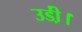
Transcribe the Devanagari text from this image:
उडी़ं।